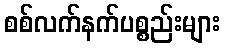
စစ်လက်နက်ပစ္စည်းများ